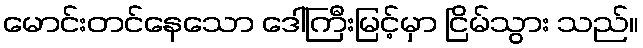
မောင်းတင်နေသော ဒေါ်ကြီးမြင့်မှာ ငြိမ်သွား သည်။